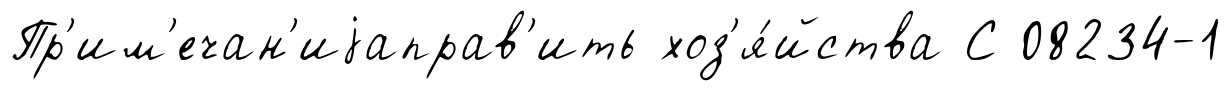
Пр'им'ечан'иjаправ'ить хоз'я́йства С 08234-1